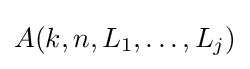
A(k,n,L_{1},\ldots ,L_{j})